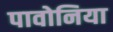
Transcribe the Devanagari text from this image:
पावोनिया